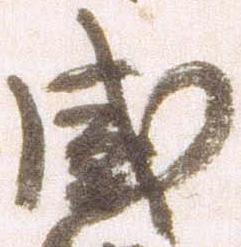
感